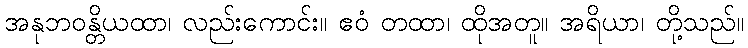
အနုဘဝန္တိယထာ၊ လည်းကောင်း။ ဧဝံ တထာ၊ ထိုအတူ။ အရိယာ၊ တို့သည်။